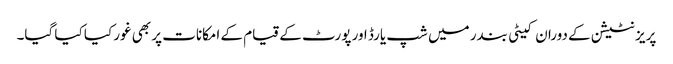
پریزنٹیشن کے دوران کیٹی بندر میں شپ یارڈ اور پورٹ کے قیام کے امکانات پر بھی غور کیا کیا گیا۔